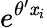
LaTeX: e^{\theta^{\prime}\mathit{x}_{i}}